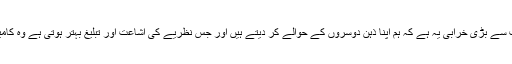
اس دور کی سب سے بڑی خرابی یہ ہے کہ ہم اپنا ذہن دوسروں کے حوالے کر دیتے ہیں اور جس نظریے کی اشاعت اور تبلیغ بہتر ہوتی ہے وہ کامیاب ہو جاتا ہے۔